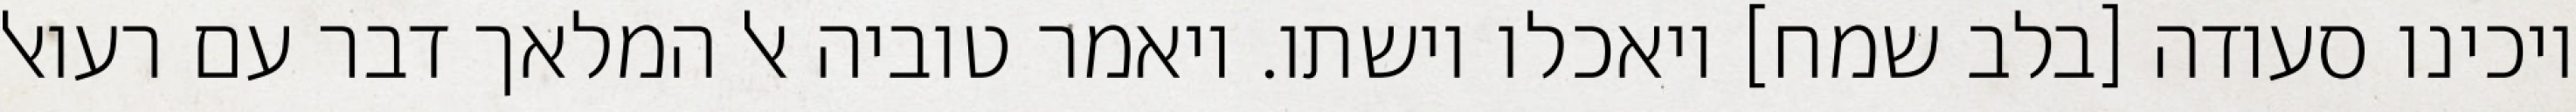
ויכינו סעודה [בלב שמח] ויאכלו וישתו. ויאמר טוביה אל המלאך דבר עם רעואל